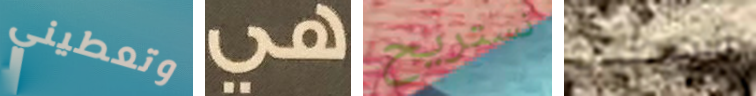
وتعطيني هي نستريح الاضطراب